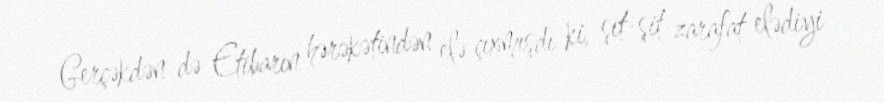
Gerçəkdən də Etibarın hərəkətindən elə çıxmışdı ki, şit-şit zarafat elədiyi